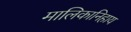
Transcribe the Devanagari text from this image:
मालिकानिहाय